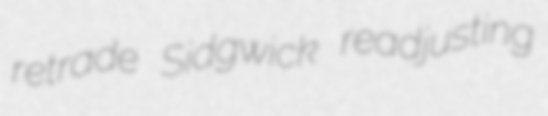
retrade Sidgwick readjusting